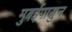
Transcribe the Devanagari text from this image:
मुबईपासुन